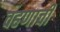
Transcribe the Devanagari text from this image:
वहणाची